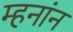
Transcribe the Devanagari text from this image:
म्हनांन